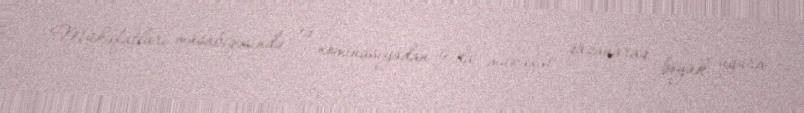
Mükafatları müsabiqəsində 14 nominasiyadan 9-da mükafat qazanaraq böyük uğura